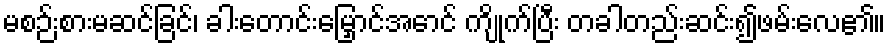
မစဉ်းစားမဆင်ခြင်၊ ခါးတောင်းမြှောင်အောင် ကျိုက်ပြီး တခါတည်းဆင်း၍ဖမ်းလေ၏။